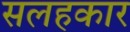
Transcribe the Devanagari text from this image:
सलहकार